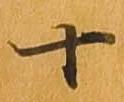
十